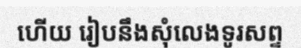
ហើយ រៀបនឹងសុំលេងទូរសព្ទ